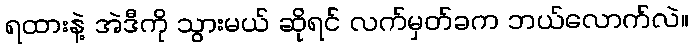
ရထားနဲ့ အဲဒီကို သွားမယ် ဆိုရင် လက်မှတ်ခက ဘယ်လောက်လဲ။